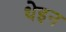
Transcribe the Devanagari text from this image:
थेइन